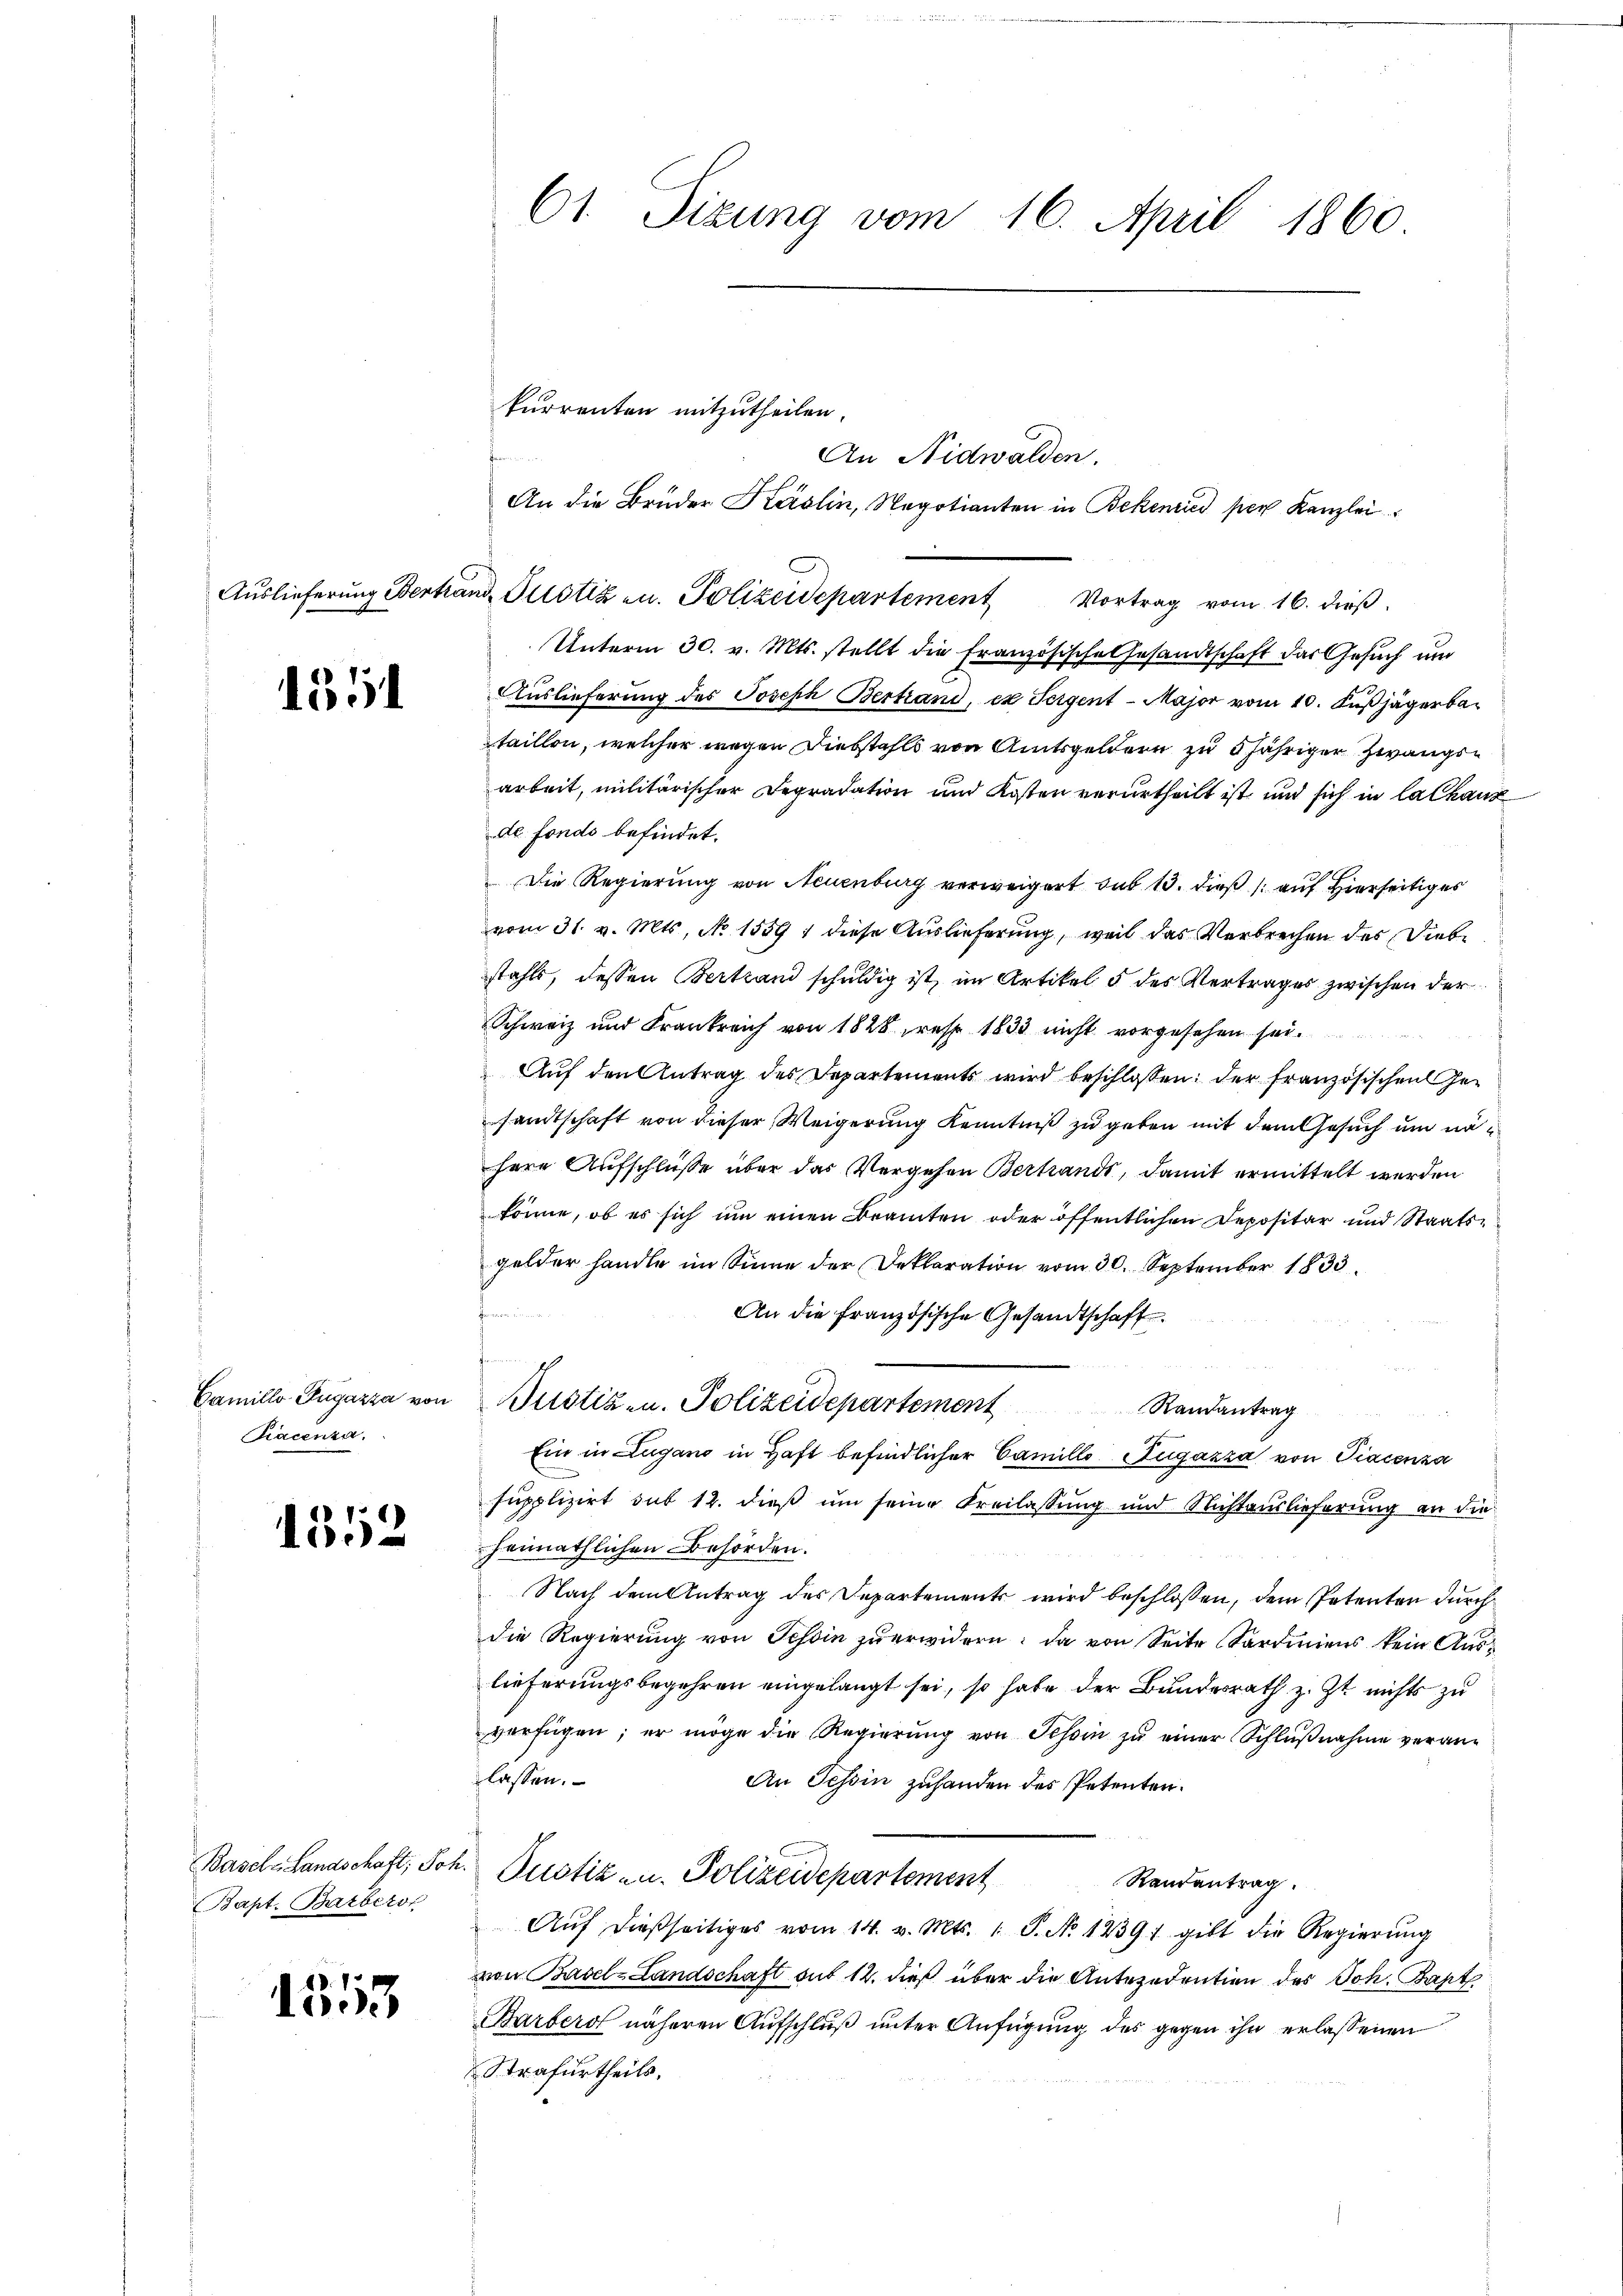
1554

Camillo Pugazza von
Racenza.

1352

Basel-Landschaft, Joh.
Bapt. Barberos

1553

61 Sizung vom 16. April 1860

Auslieferung Bertrand, Justiz u. Polizeidepartement Vortrag vom 16. dieß.

kurrenten mitzutheilen.
Unterm 30. v. Mts. stellt die Französische Gesandtschaft das Gesuch und
Auslieferung des Joseph Bertand, ex Feigent-Major vom 10. Fußjägerbataillen, welcher wegen Diebstahls von Amtsgeldern zu 5 jähriger Zwangsarbeit, militärischer Depradation und Kosten verurtheilt ist, und sich in Calkanz
de fonds befindet.
Die Regierung von Neuenburg verweigert sub 13. dieß auf Hierseitiges
vom 31. v. Mts. No 1559 ; diese Auslieferung, weil das Verbrechen des Diebe
stahls, dessen Bertrand schuldig ist, im Artikel 5 des Vertrages zwischen der
Schweiz und Frankreich von 1828 resp. 1833 nicht vorgesehen sei.
Auf den Antrag des Departements wird beschlossen; der Französischen Gesamtschaft von dieser Weigerung Kenntniß zu geben mit dem Gesuch und nähere Aufschlüsse über das Vergehen Bertrands, damit ermittelt werden
könne, ob es sich um einen Beamten oder öffentlichen Depositar und Staatsgelder handle im Sinne der Deklaration vom 30. September 1833.
An die Französische Gesandtschaft
e
Justiz- u. Polizeidepartement Randantrag
Ein in Zugano in Haft befindlicher Camille Zugazza von Piacenza
supplizirt sub 12. dieß um seine Freilassung und Nichtauslieferung an die
heimathlichen Behörden.
Nach dem Antrag des Departement wird beschlossen, dem Petenten durch
die Regierung von Tessin zu erwidern: da von Seite Sardiniens kein Auslieferungsbegehren eingelangt sei, so habe der Bundesrath z. Zt. nichts zu
verfügen; er möge die Regierŭng von Tessin zŭ einer Schlŭβnahme veran-
lassen.
An Tessin zuhanden des Petenten.
Custiz- u. Polizeidepartement
Randantrag.
Aŭf dießseitiges vom 14. v. Mts. 1. P. No 12391 gibt die Regierŭng
von Basel-Landschaft sub 12. dieß über die Antezedention des Joh. Bapt
Bärberst näheren Aufschluß unter Anfügung des gegen ihn erlassenen
Strafurtheils,

An Nidwalden.

An die Bruder Käslin, Negotianten in Bekenried per Kanzlei